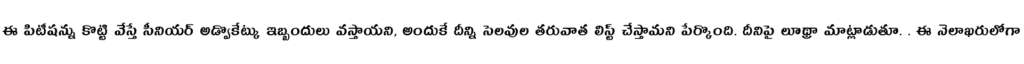
ఈ పిటీషన్ను కొట్టి వేస్తే సీనియర్ అడ్వొకేట్కు ఇబ్బందులు వస్తాయని, అందుకే దీన్ని సెలవుల తరువాత లిస్ట్ చేస్తామని పేర్కొంది. దీనిపై లూథ్రా మాట్లాడుతూ. . ఈ నెలాఖరులోగా